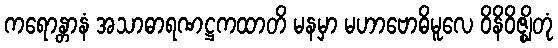
ကရောန္တာနံ အသာဓာရဏဋ္ဌကထာတိ မနမှာ မဟာဗောဓိမူလေ ဝိနိဝိဇ္ဈိတုံ